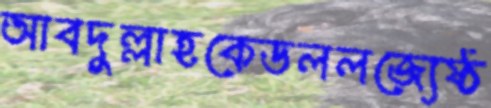
আবদুল্লাহকেডললজ্যেষ্ঠ